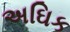
અઘિક